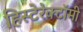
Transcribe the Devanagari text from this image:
हिस्टेरेक्टॉमी